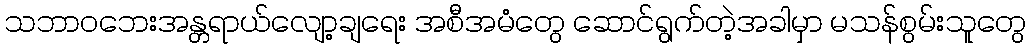
သဘာဝဘေးအန္တရာယ်လျော့ချရေး အစီအမံတွေ ဆောင်ရွက်တဲ့အခါမှာ မသန်စွမ်းသူတွေ